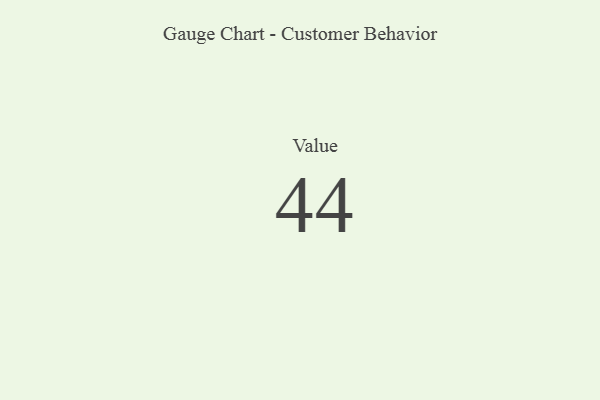
{"axis": {"x": "Metric", "y": "Value"}, "legend": [""], "data": [{"x": "Value", "y": 44, "type": ""}]}